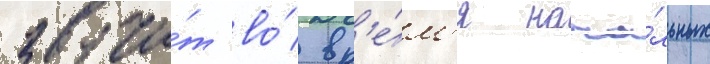
звучи́т во́ вр'е́м'я нача́льных